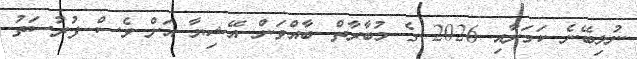
ނުލިބޭނެ ކަމަށާއި 2026 ގެ މުބާރާތް ބާއްވަން އޭޝިޔާ އަށް ވެސް ފުރުސަތު